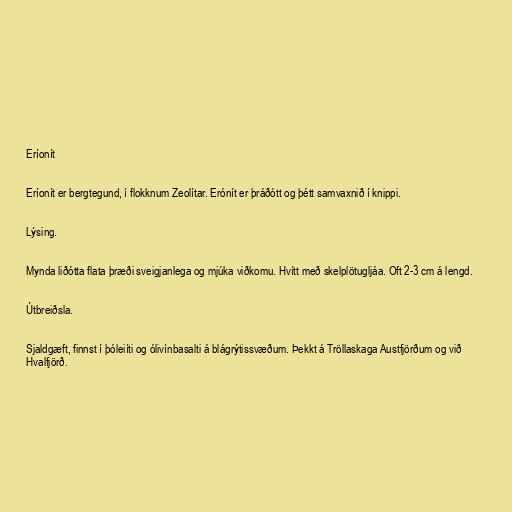
Eríonít

Eríonít er bergtegund, í flokknum Zeolítar. Erónít er þráðótt og þétt samvaxnið í knippi.

Lýsing.

Mynda liðótta flata þræði sveigjanlega og mjúka viðkomu. Hvítt með skelplötugljáa. Oft 2-3 cm á lengd.

Útbreiðsla.

Sjaldgæft, finnst í þóleiíti og ólivínbasalti á blágrýtissvæðum. Þekkt á Tröllaskaga Austfjörðum og við
Hvalfjörð.